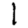
Digit: 1